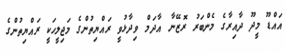
އައްޑޫ މީދޫ ދާއިރާގެ މެންބަރު ރޮޒޭނާ އާދަމް ވިދާޅުވީ ރައްޔިތުންގެ މަޖިލީހަކީ ރައްޔިތުންގެ